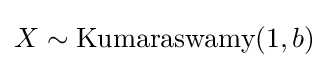
X\sim {\textrm {Kumaraswamy}}(1,b)